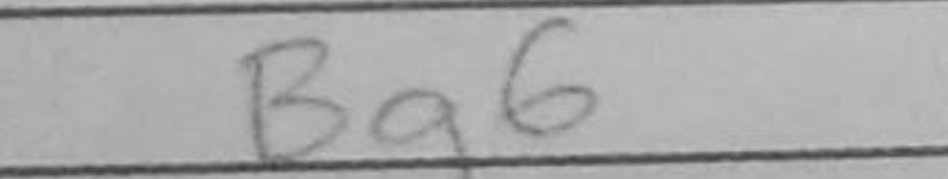
Transcription: Bg6